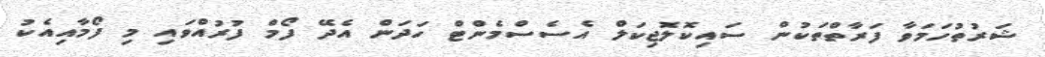
ޝަރުތުހަމަވާ ފަރާތްތަކުން ސައިކޮލޮޖިކަލް އެސެސްމެންޓް ހަދަން އެދޭ ފޯމް ފުރުއްވައި މި ފޯމާއިއެކު